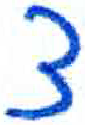
אות: צ